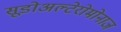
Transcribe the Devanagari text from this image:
सूडोअल्टेरोमोनाज